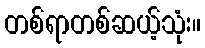
တစ်ရာတစ်ဆယ့်သုံး။